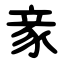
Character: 豙